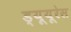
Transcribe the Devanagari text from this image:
ड्यूयूरेस